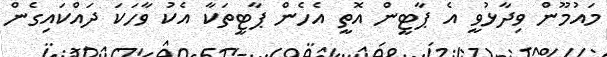
މައުމޫން ވިދާޅުވީ އެ ޕާޓީން އޮތީ އެހެން ޕާޓީތަކާ އެކު ވާހަކަ ދައްކައިގެން